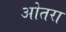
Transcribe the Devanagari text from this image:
ओतरा